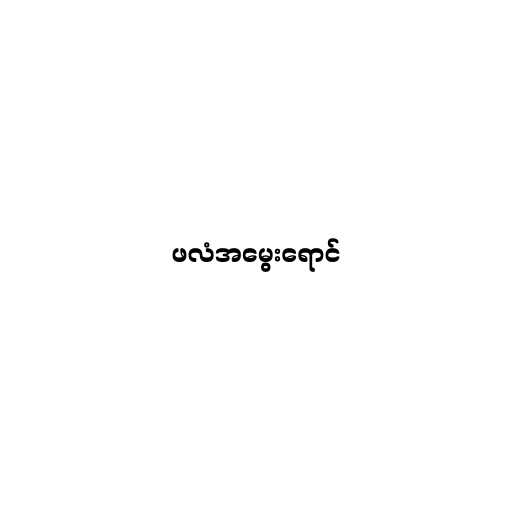
ဖလံအမွေးရောင်